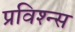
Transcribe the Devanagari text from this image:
प्रविश्न्स